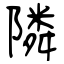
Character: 隣